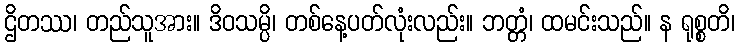
ဌိတဿ၊ တည်သူအား။ ဒိဝသမ္ပိ၊ တစ်နေ့ပတ်လုံးလည်း။ ဘတ္တံ၊ ထမင်းသည်။ န ရုစ္စတိ၊